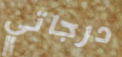
درجاتي